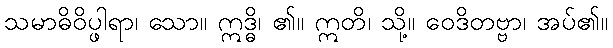
သမာဓိဝိပ္ဖါရာ၊ သော။ ဣဒ္ဓိ၊ ၏။ ဣတိ၊ သို့။ ဝေဒိတဗ္ဗာ၊ အပ်၏။